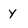
Character: Y